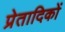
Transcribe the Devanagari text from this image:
प्रेतादिकों